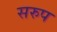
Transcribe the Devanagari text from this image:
सरुप